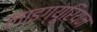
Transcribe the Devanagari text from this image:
लाइग्यूरियन